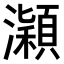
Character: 𤃡